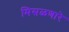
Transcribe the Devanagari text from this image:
मिसळणारे